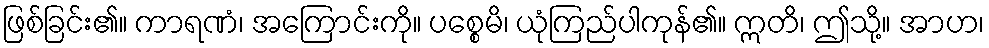
ဖြစ်ခြင်း၏။ ကာရဏံ၊ အကြောင်းကို။ ပစ္စေမိ၊ ယုံကြည်ပါကုန်၏။ ဣတိ၊ ဤသို့။ အာဟ၊